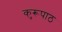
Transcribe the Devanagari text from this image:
कुरूपाठ